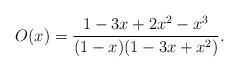
LaTeX: \begin{align*}O(x) = \frac{1-3x+2x^2-x^3}{(1-x)(1-3x+x^2)}.\end{align*}